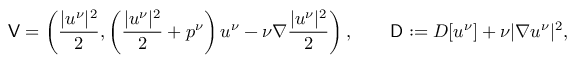
\mathsf { V } = \left( \frac { | u ^ { \nu } | ^ { 2 } } { 2 } , \left( \frac { | u ^ { \nu } | ^ { 2 } } { 2 } + p ^ { \nu } \right) u ^ { \nu } - \nu \nabla \frac { | u ^ { \nu } | ^ { 2 } } { 2 } \right) , \qquad \mathsf { D } : = D [ u ^ { \nu } ] + \nu | \nabla u ^ { \nu } | ^ { 2 } ,